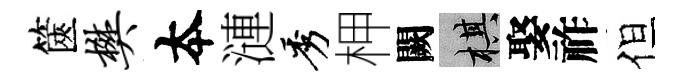
篋樊夲漣秀柙闕棋娶祚但